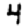
Digit: 4